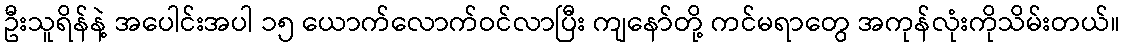
ဦးသူရိန်နဲ့ အပေါင်းအပါ ၁၅ ယောက်လောက်ဝင်လာပြီး ကျနော်တို့ ကင်မရာတွေ အကုန်လုံးကိုသိမ်းတယ်။